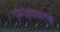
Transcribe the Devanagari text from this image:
गोणत्यातल्या